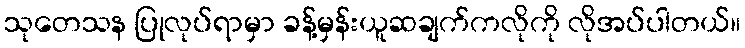
သုတေသန ပြုလုပ်ရာမှာ ခန့်မှန်းယူဆချက်ကလိုကို လိုအပ်ပါတယ်။